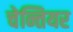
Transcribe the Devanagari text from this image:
चेन्तियर